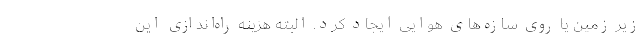
زیر زمین یا روی سازه‌های هوایی ایجاد کرد. البته هزینه راه‌اندازی این